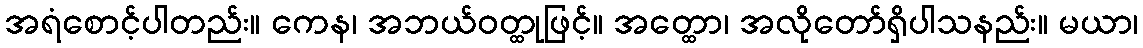
အရံစောင့်ပါတည်း။ ကေန၊ အဘယ်ဝတ္ထုဖြင့်။ အတ္ထော၊ အလိုတော်ရှိပါသနည်း။ မယာ၊